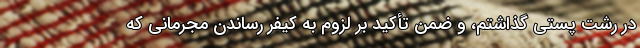
در رشت پستی گذاشتم، و ضمن تأکید بر لزوم به کیفر رساندن مجرمانی که